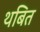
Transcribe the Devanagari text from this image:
थबित